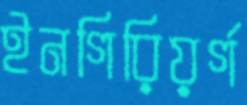
ইনগিরিয়র্গ